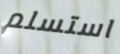
استسلم